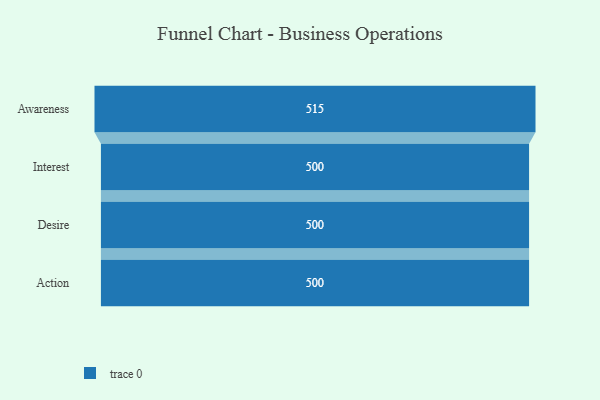
{"axis": {"x": "Stage", "y": "Value"}, "legend": [""], "data": [{"x": "Awareness", "y": 515.0, "type": ""}, {"x": "Interest", "y": 500, "type": ""}, {"x": "Desire", "y": 500, "type": ""}, {"x": "Action", "y": 500, "type": ""}]}